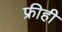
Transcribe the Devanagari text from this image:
फ्रीही